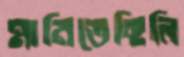
মানিতেছিলি